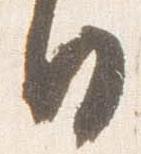
日